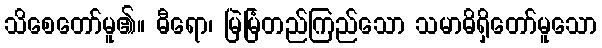
သိစေတော်မူ၏။ ဓီရော၊ မြဲမြံတည်ကြည်သော သမာဓိရှိတော်မူသော